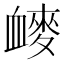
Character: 𰳩